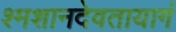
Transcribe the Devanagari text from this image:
श्मशानदेवतायागं